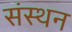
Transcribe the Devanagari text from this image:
संस्थन